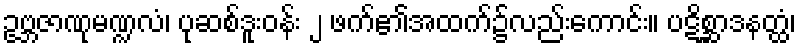
ဥဗ္ဘဇာဏုမဏ္ဍလံ၊ ပုဆစ်ဒူးဝန်း ၂ ဖက်၏အထက်၌လည်းကောင်း။ ပဋိစ္ဆာဒနတ္ထံ၊